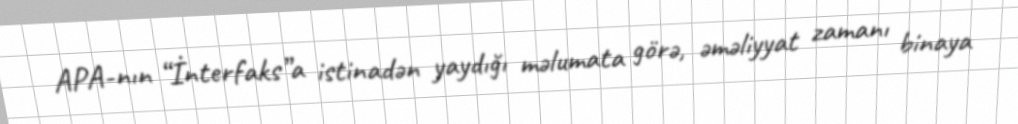
APA-nın “İnterfaks”a istinadən yaydığı məlumata görə, əməliyyat zamanı binaya